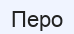
Перо